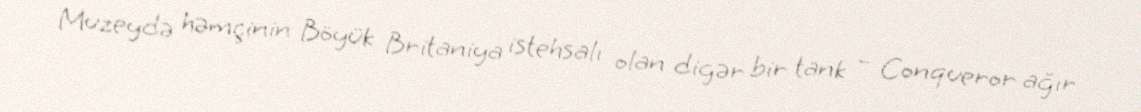
Muzeydə həmçinin Böyük Britaniya istehsalı olan digər bir tank – Conqueror ağır